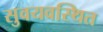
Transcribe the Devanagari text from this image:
सुवयवस्थित